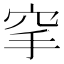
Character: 𥤺